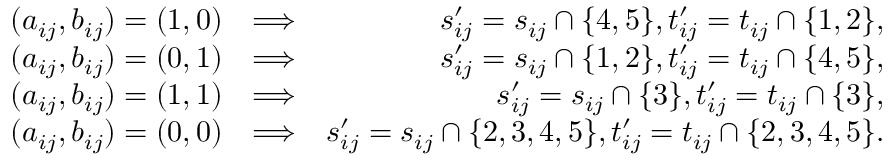
\begin{array} { r l r } { ( a _ { i j } , b _ { i j } ) = ( 1 , 0 ) } & { \Longrightarrow } & { s _ { i j } ^ { \prime } = s _ { i j } \cap \{ 4 , 5 \} , t _ { i j } ^ { \prime } = t _ { i j } \cap \{ 1 , 2 \} , } \\ { ( a _ { i j } , b _ { i j } ) = ( 0 , 1 ) } & { \Longrightarrow } & { s _ { i j } ^ { \prime } = s _ { i j } \cap \{ 1 , 2 \} , t _ { i j } ^ { \prime } = t _ { i j } \cap \{ 4 , 5 \} , } \\ { ( a _ { i j } , b _ { i j } ) = ( 1 , 1 ) } & { \Longrightarrow } & { s _ { i j } ^ { \prime } = s _ { i j } \cap \{ 3 \} , t _ { i j } ^ { \prime } = t _ { i j } \cap \{ 3 \} , } \\ { ( a _ { i j } , b _ { i j } ) = ( 0 , 0 ) } & { \Longrightarrow } & { s _ { i j } ^ { \prime } = s _ { i j } \cap \{ 2 , 3 , 4 , 5 \} , t _ { i j } ^ { \prime } = t _ { i j } \cap \{ 2 , 3 , 4 , 5 \} . } \end{array}